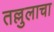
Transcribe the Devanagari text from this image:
तल्लुलाचा